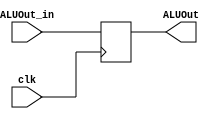
module ALUOut(clk,ALUOut_in,ALUOut);
   input clk;
   input [31:0] ALUOut_in;
   output reg [31:0]ALUOut;

   always @(posedge clk) 
	   ALUOut = ALUOut_in;
		
endmodule